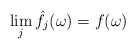
\begin{align*}\lim_j \hat f_j(\omega) = f(\omega)\end{align*}